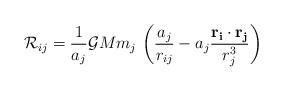
LaTeX: \begin{align*} \mathcal{R}_{ij}=\frac{1}{a_j}\mathcal{G}Mm_j\ \bigg(\frac{a_j}{r_{ij}}-a_j\frac{\mathbf{r_i}\cdot\mathbf{r_j}}{r_j^3}\bigg)\end{align*}